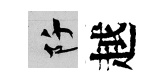
阡越